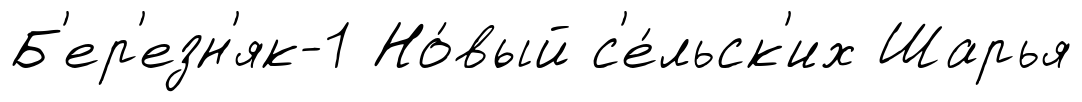
Б'ер'езн'як-1 Но́вый с'е́льск'их Шарья